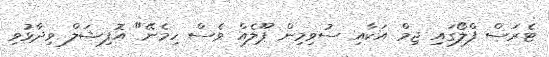
ޓެރަސް ފްލޯގައި ޖިމް އަކާއި ސުވިމިން ޕޫލެއް ވެސް ހިމެނޭ" އޮފިޝަލް ވިދާޅުވި